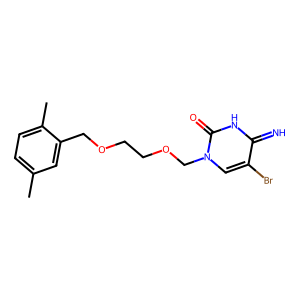
SMILES: Cc1ccc(C)c(COCCOCn2cc(Br)c(=N)[nH]c2=O)c1
Inhibits HIV replication: No